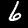
Digit: 6